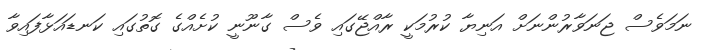
ނަމަވެސް ޖަނަވާރުންނަށް އަނިޔާ ކުރުމަކީ ރާއްޖޭގައި ވެސް ގާނޫނީ ކުށެއްގެ ގޮތުގައި ކަނޑައަޅާފައިވާ